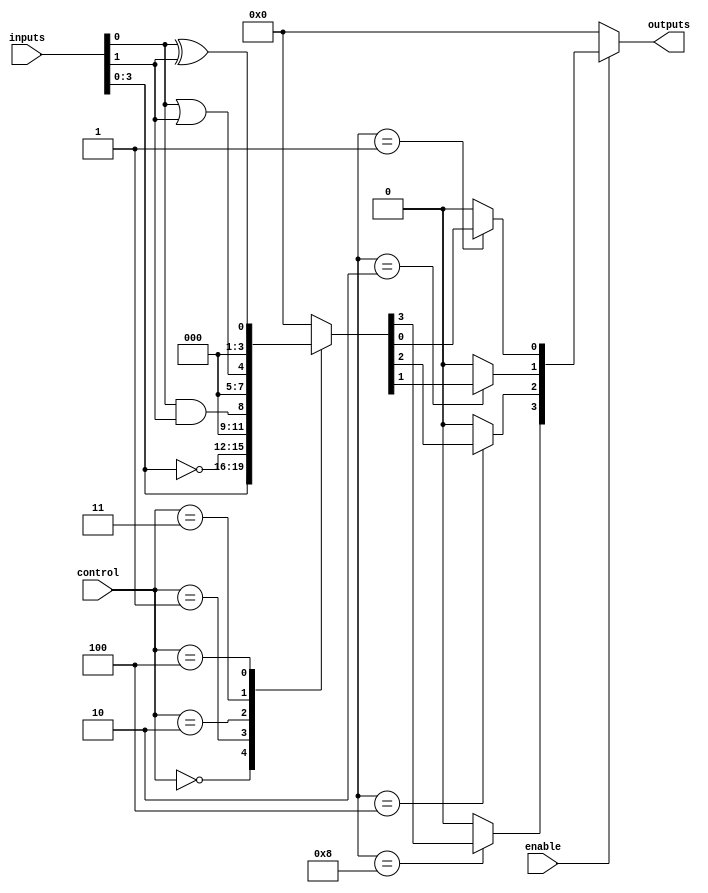
module CLB (
    input wire [N-1:0] inputs,         // N input signals
    input wire [M-1:0] control,        // Control signals for logic functions
    input wire enable,                  // Enable signal
    output reg [P-1:0] outputs         // P output signals
);

// Parameter Definitions
parameter N = 8; // Number of input signals
parameter M = 4; // Number of control signals
parameter P = 4; // Number of output signals

// Internal wire for intermediate logic functions
wire [N-1:0] logic_out;
reg [N-1:0] interconnect; // Programmable interconnect

// Logic Functions Example
always @(*) begin
    if (enable) begin
        case (control)
            4'b0000: logic_out = inputs; // Pass-through
            4'b0001: logic_out = ~inputs; // NOT
            4'b0010: logic_out = inputs[0] & inputs[1]; // AND
            4'b0011: logic_out = inputs[0] | inputs[1]; // OR
            4'b0100: logic_out = inputs[0] ^ inputs[1]; // XOR
            // Additional logic functions can be added here
            default: logic_out = {N{1'b0}}; // Default to 0
        endcase
    end else begin
        logic_out = {N{1'b0}}; // If not enabled, output 0
    end
end

// Assign outputs based on logic functions and interconnect settings
always @(*) begin
    outputs = 0; // Reset outputs
    if (enable) begin
        // Example of programmable interconnect management
        case (interconnect)
            8'b00000001: outputs[0] = logic_out[0];
            8'b00000010: outputs[1] = logic_out[1];
            8'b00000100: outputs[2] = logic_out[2];
            8'b00001000: outputs[3] = logic_out[3];
            // Add more routing options as needed
            default: outputs = {P{1'b0}}; // Default to 0
        endcase
    end
end

// Configuration Memory Logic (for demonstration purposes)
always @(posedge clk) begin
    // Here we would have logic for configuring the programmable interconnect based on external configuration
    // For instance, loading interconnect settings from a configuration memory after initialization
end

endmodule